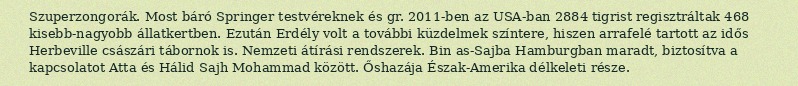
Szuperzongorák. Most báró Springer testvéreknek és gr. 2011-ben az USA-ban 2884 tigrist regisztráltak 468 kisebb-nagyobb állatkertben. Ezután Erdély volt a további küzdelmek színtere, hiszen arrafelé tartott az idős Herbeville császári tábornok is. Nemzeti átírási rendszerek. Bin as-Sajba Hamburgban maradt, biztosítva a kapcsolatot Atta és Hálid Sajh Mohammad között. Őshazája Észak-Amerika délkeleti része.